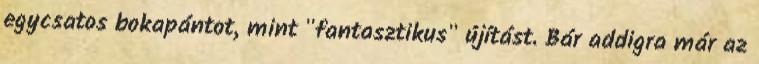
egycsatos bokapántot, mint "fantasztikus" újítást. Bár addigra már az